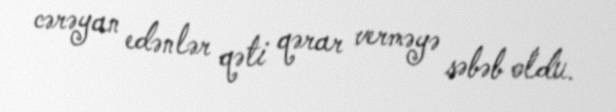
cərəyan edənlər qəti qərar verməyə səbəb oldu.